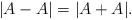
LaTeX: \begin{align*}|A-A| = |A+A|.\end{align*}